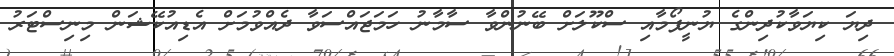
ދިޔަ ކިޔަވާކުދިންގެ ޔުނީފޯމާއި ސްކޫލަށް ބޭނުންވާ ސާމާނު ހަމަޖައްސަވާ ދެއްވުމަށް އެޑިއުކޭޝަން މިނިސްޓަރު